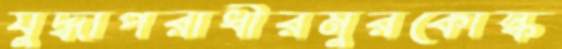
যুদ্ধাপরাধীরমুরকোস্ক